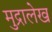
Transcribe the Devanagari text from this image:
मुद्रालेख